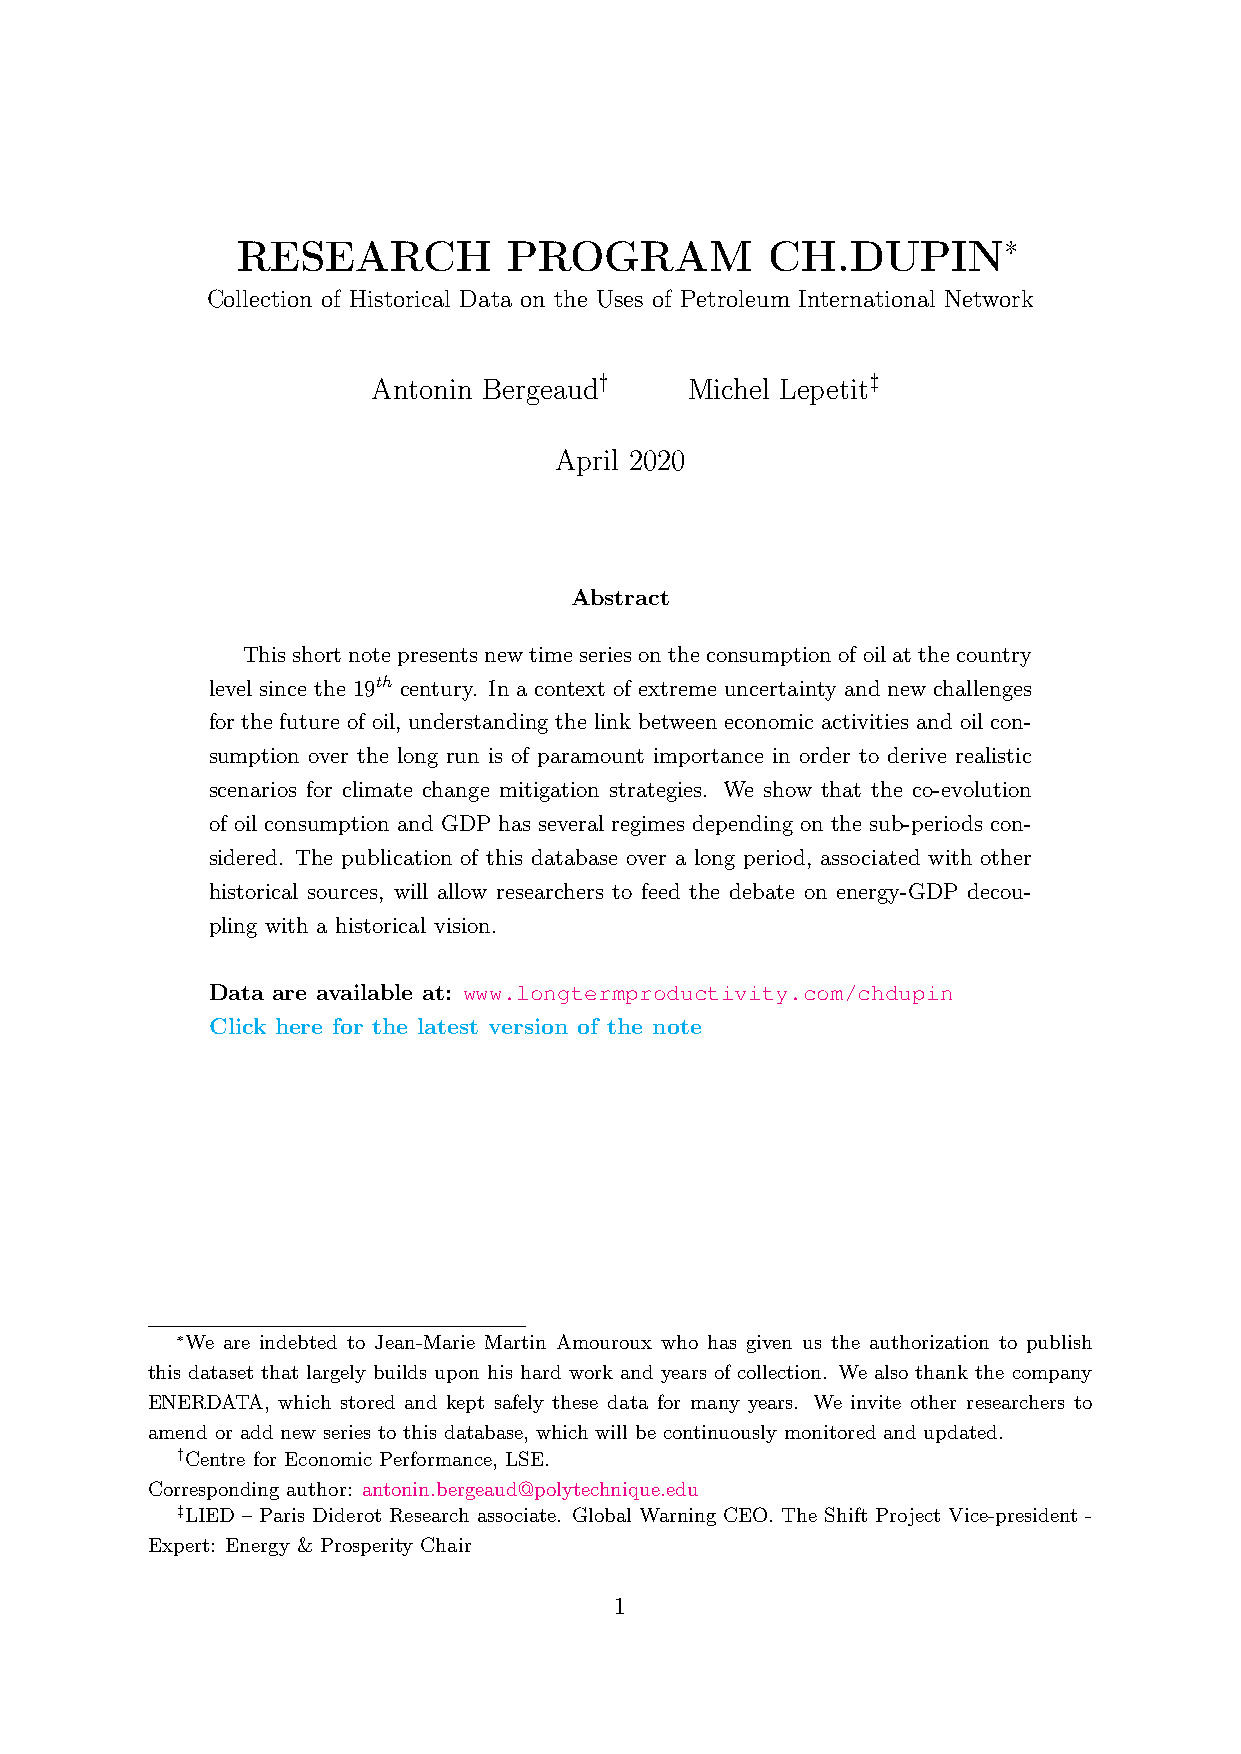
RESEARCH          PROGRAM          CH.DUPIN∗
 Collection of Historical Data on the Uses of Petroleum International Network
 Antonin Bergeaud†    Michel Lepetit‡
 April 2020
 Abstract
 Thisshortnotepresentsnewtimeseriesontheconsumptionofoilatthecountry
 level since the 19th century. In a context of extreme uncertainty and new challenges
 for the future of oil, understanding the link between economic activities and oil con-
 sumption over the long run is of paramount importance in order to derive realistic
 scenarios for climate change mitigation strategies. We show that the co-evolution
 of oil consumption and GDP has several regimes depending on the sub-periods con-
 sidered. The publication of this database over a long period, associated with other
 historical sources, will allow researchers to feed the debate on energy-GDP decou-
 pling with a historical vision.
 Data are available at: www.longtermproductivity.com/chdupin
 Click here for the latest version of the note
 ∗We are indebted to Jean-Marie Martin Amouroux who has given us the authorization to publish
 this dataset that largely builds upon his hard work and years of collection. We also thank the company
 ENERDATA, which stored and kept safely these data for many years. We invite other researchers to
 amend or add new series to this database, which will be continuously monitored and updated.
 †Centre for Economic Performance, LSE.
 Corresponding author: antonin.bergeaud@polytechnique.edu
 ‡LIED – Paris Diderot Research associate. Global Warning CEO. The Shift Project Vice-president -
 Expert: Energy & Prosperity Chair
 1